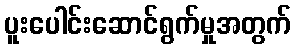
ပူးပေါင်းဆောင်ရွက်မှုအတွက်